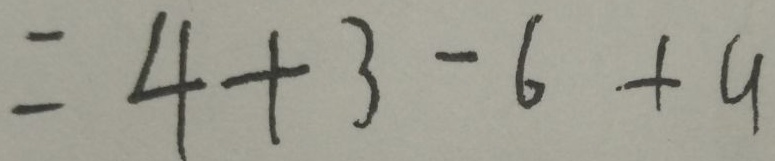
= 4 + 3 - 6 + 9